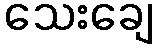
သေးချေ